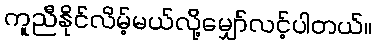
ကူညီနိုင်လိမ့်မယ်လို့မျှော်လင့်ပါတယ်။